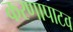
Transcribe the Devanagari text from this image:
करणापाटव